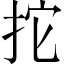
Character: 拕